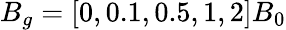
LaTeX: B_{g}=\left[0,0.1,0.5,1,2\right]B_{0}